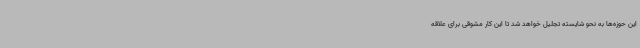
این حوزه‌ها به نحو شایسته تجلیل خواهد شد تا این کار مشوقی برای علاقه